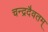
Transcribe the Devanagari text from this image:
चन्द्रदैवतम्